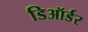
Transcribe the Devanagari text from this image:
डिऑर्डर